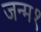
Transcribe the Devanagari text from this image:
जन्म१